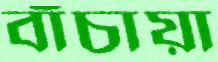
বাঁচায়া